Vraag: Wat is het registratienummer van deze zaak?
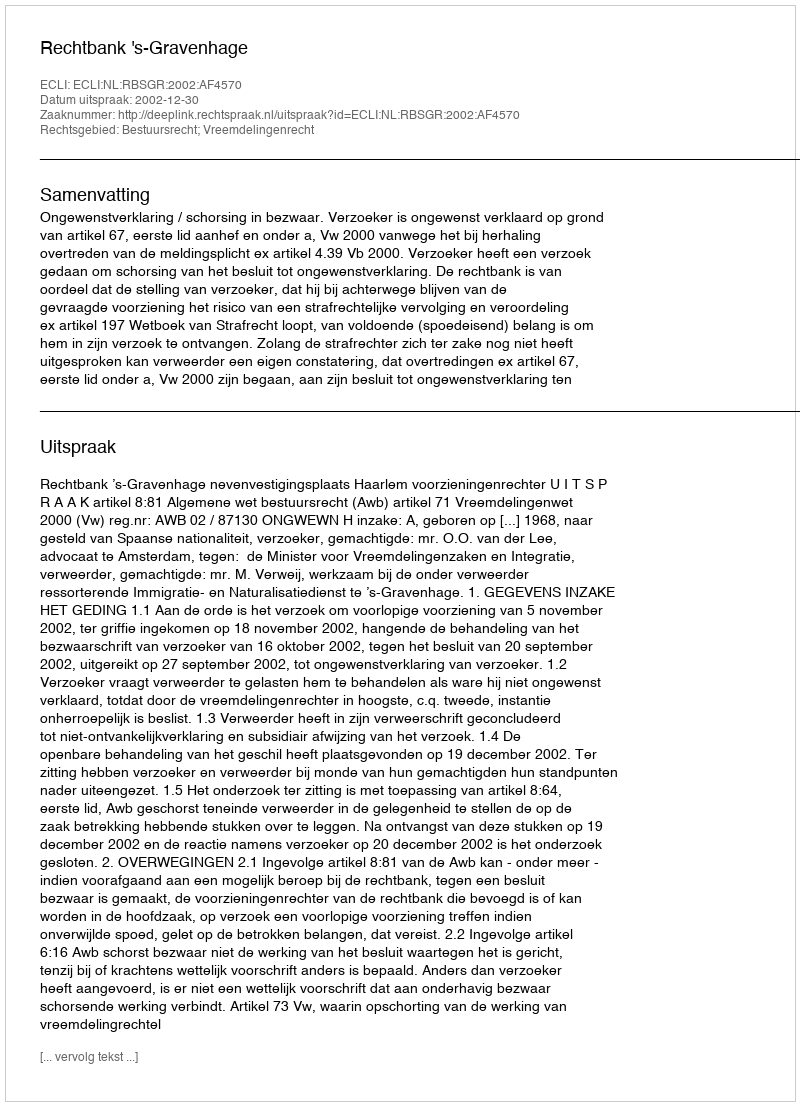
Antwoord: http://deeplink.rechtspraak.nl/uitspraak?id=ECLI:NL:RBSGR:2002:AF4570